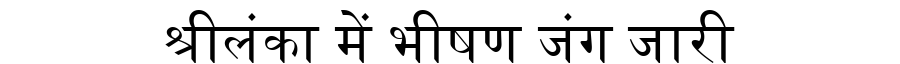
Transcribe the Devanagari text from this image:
श्रीलंका में भीषण जंग जारी